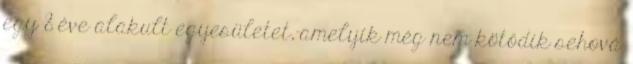
egy 8 éve alakult egyesületet,-amelyik még nem kötődik sehová